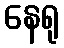
နေရု